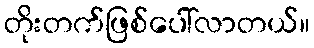
တိုးတက်ဖြစ်ပေါ်လာတယ်။